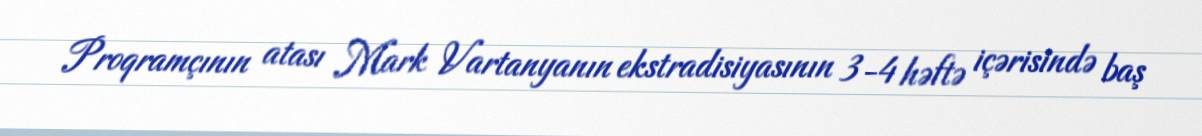
Proqramçının atası Mark Vartanyanın ekstradisiyasının 3-4 həftə içərisində baş